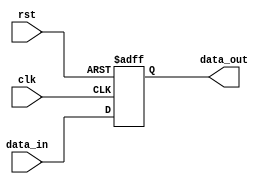
module high_speed_buffer (
    input wire clk,
    input wire rst,
    input wire data_in,
    output reg data_out
);

reg data_reg;

always @(posedge clk or posedge rst) begin
    if (rst)
        data_reg <= 1'b0;
    else
        data_reg <= data_in;
end

assign data_out = data_reg;

endmodule